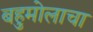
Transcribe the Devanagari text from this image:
बहुमोलाचा